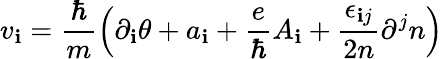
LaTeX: v_{\mathbf{i}}=\frac{{\hbar}}{{m}}\left(\partial_{\mathbf{i}}\theta+a_{\mathbf{i}}+\frac{{e}}{{\hbar}}A_{\mathbf{i}}+\frac{{\epsilon_{\mathbf{i}j}}}{{2n}}\partial^{j}n\right)